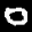
Label: 0